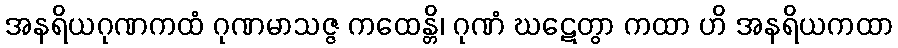
အနရိယဂုဏကထံ ဂုဏမာသဇ္ဇ ကထေန္တိ၊ ဂုဏံ ဃဋေတွာ ကထာ ဟိ အနရိယကထာ